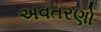
અવતરણો